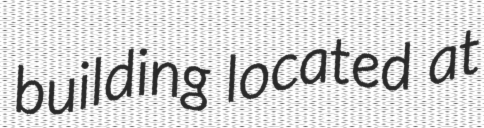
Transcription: building located at